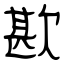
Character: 歁